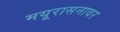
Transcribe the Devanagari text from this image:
मयूरासनावर